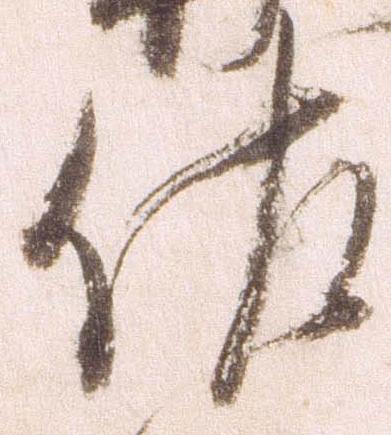
佐